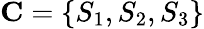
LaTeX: \mathbf{C}=\{ S_{1},S_{2},S_{3}\}